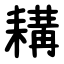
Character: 耩